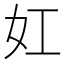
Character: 妅